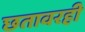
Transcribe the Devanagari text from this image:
छतावरही